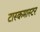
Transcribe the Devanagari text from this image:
टास्कमास्टर